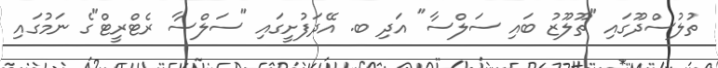
ތުލުސްދޫގައި "ތޫލޫޒު ބައި ސަލްސާ" އަދި ބ. އޭދަފުށީގައި "ސަލްސާ ރެޓްރީޓް"ގެ ނަމުގައި